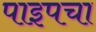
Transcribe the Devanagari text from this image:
पाइपचा